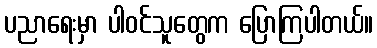
ပညာရေးမှာ ပါဝင်သူတွေက ပြောကြပါတယ်။